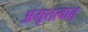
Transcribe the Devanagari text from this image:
अमृतत्वात्